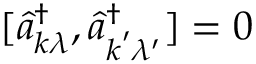
[ \hat { a } _ { \boldsymbol { k } \lambda } ^ { \dagger } , \hat { a } _ { \boldsymbol { k } ^ { \prime } \lambda ^ { \prime } } ^ { \dagger } ] = 0